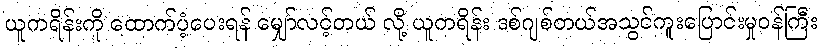
ယူကရိန်းကို ထောက်ပံ့ပေးရန် မျှော်လင့်တယ် လို့ ယူကရိန်း ဒစ်ဂျစ်တယ်အသွင်ကူးပြောင်းမှုဝန်ကြီး